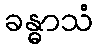
ခန္ဓာသံ